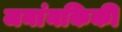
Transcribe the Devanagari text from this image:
जनांनकिकी